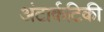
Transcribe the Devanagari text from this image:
अंटार्कटिकी